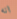
انه